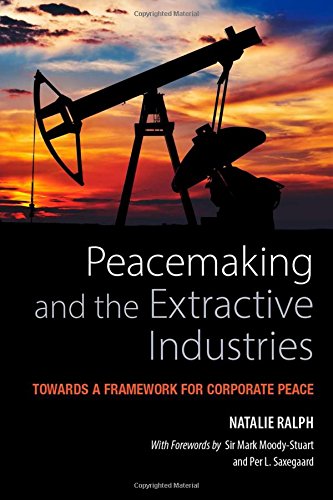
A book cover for Peacemaking and the Extractive Industries: Towards a Framework for Corporate Peace; Natalie Ralph; Business & Money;